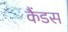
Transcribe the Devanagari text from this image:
कैंडस